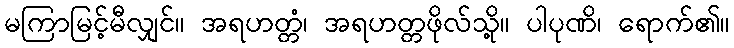
မကြာမြင့်မီလျှင်။ အရဟတ္တံ၊ အရဟတ္တဖိုလ်သို့။ ပါပုဏိ၊ ရောက်၏။